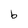
Character: b